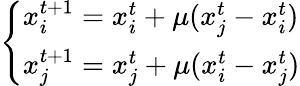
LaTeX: \left\{ \begin{array}{ll}{x_{i}^{t+1}=x_{i}^{t}+\mu(x_{j}^{t}-x_{i}^{t})}\\ {x_{j}^{t+1}=x_{j}^{t}+\mu(x_{i}^{t}-x_{j}^{t})}\end{array}\right.